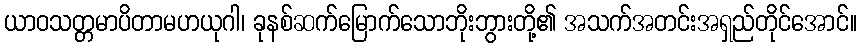
ယာဝသတ္တမာပိတာမဟယုဂါ၊ ခုနစ်ဆက်မြောက်သောဘိုးဘွားတို့၏ အသက်အတင်းအရှည်တိုင်အောင်။